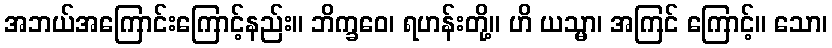
အဘယ်အကြောင်းကြောင့်နည်း။ ဘိက္ခဝေ၊ ရဟန်းတို့။ ဟိ ယသ္မာ၊ အကြင် ကြောင့်။ သော၊